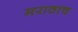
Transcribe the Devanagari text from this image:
मराठाच